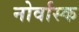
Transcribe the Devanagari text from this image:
नोर्वास्क